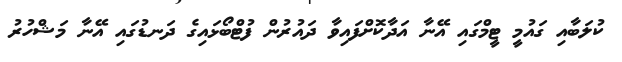
ކުލަބާއި ގައުމީ ޓީމްގައި އޭނާ އަދާކޮށްފައިވާ ދައުރުން ފުޓްބޯޅައިގެ ދަނޑުގައި އޭނާ މަޝްހުރު